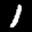
Label: 1